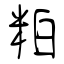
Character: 粕